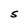
Character: S